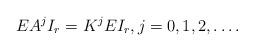
LaTeX: \begin{align*} E A^{j}I_r=K^j E I_r, j=0,1,2, \ldots.\end{align*}